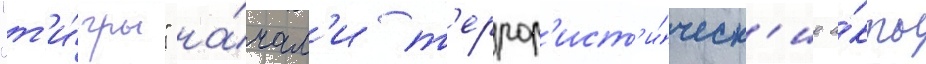
"т'и́гры" на́чал'и т'еррор'ист'и́ческ'ие а́кты